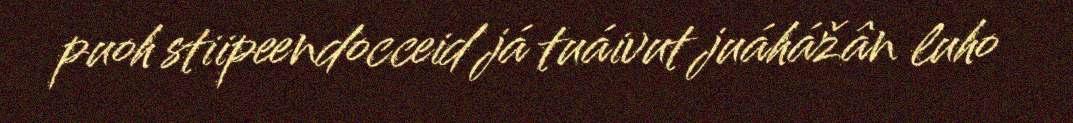
puoh stiipeendocceid já tuáivut juáhážân luho